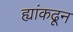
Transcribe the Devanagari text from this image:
ह्यांकढून